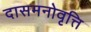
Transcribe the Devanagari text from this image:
दासमनोवृत्ति